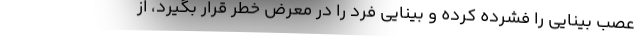
عصب بینایی را فشرده کرده و بینایی فرد را در معرض خطر قرار بگیرد، از